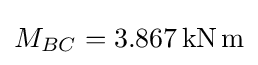
M_{BC}=3.867\mathrm {\,kN\,m}